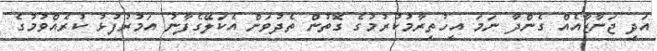
އަދި ޖަނާޒާއެއް ގެންދާ ނަމަ އިހުތިރާމުކުރުމުގެ ގޮތުން ތެދުވަން އެކަލޭގެފާނު އަމުރުފުޅު ކުރެއްވުމުގެ